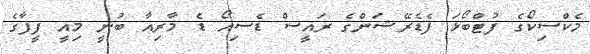
މެކްސިކޯގެ ފުޓްބޯޅަ ފެޑެރޭޝަންގެ ރައީސް ޑެސިއޯ ޑެ މާރިއާ ބުނީ މިއީ ފީފާގެ